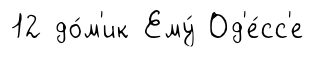
12 до́м'ик Ему́ Од'е́сс'е